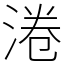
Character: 淃